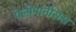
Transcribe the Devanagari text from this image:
पेलोपानीसस